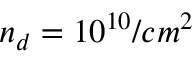
n _ { d } = 1 0 ^ { 1 0 } / c m ^ { 2 }